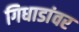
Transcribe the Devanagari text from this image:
गिधाडांवर